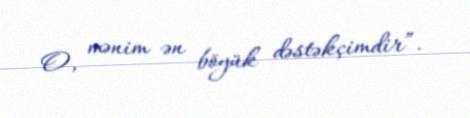
O, mənim ən böyük dəstəkçimdir”.